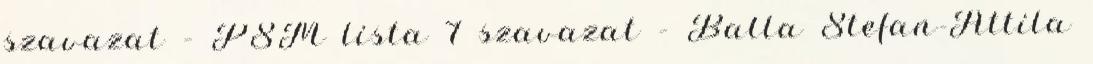
szavazat – PSM lista 7 szavazat – Balla Stefan-Attila